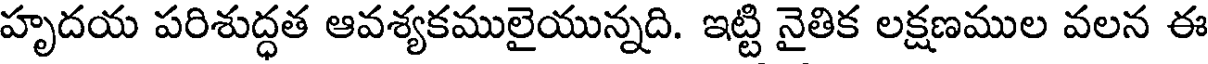
హృదయ పరిశుద్ధత ఆవశ్యకములైయున్నది. ఇట్టి నైతిక లక్షణముల వలన ఈ